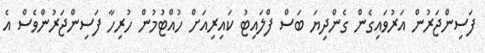
ފަސިންޖަރުން އަރުވައިގެން ގެންދިޔަ ބަސް ފްލައިޓު ކައިރިއަށް ހުއްޓުމުން ހުރިހާ ފަސިންޖަރުންވެސް އެ